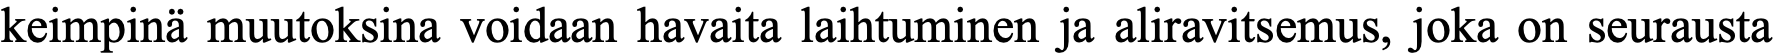
keimpinä muutoksina voidaan havaita laihtuminen ja aliravitsemus, joka on seurausta